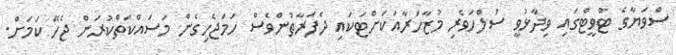
ސްވަޔާގެ ޓްވީޓްގައި ވިދާޅުވީ ސުލްހަވެރި މުޒާހަރާއަކަށްޓަކައި ދެފަރާތުންވެސް ހަމަޖެހިގެން މަސައްކަތްކުރަން ޖެހޭ ކަމަށް.